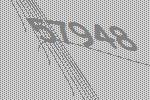
57948